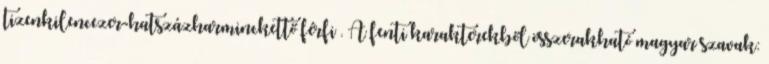
tizenkilencezer-hatszázharminckettő férfi . A fenti karakterekből összerakható magyar szavak: